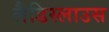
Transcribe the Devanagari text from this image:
लैडिस्लाउस